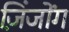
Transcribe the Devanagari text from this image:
ज़िंजोंग